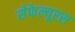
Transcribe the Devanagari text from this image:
सेफेल्यूरस